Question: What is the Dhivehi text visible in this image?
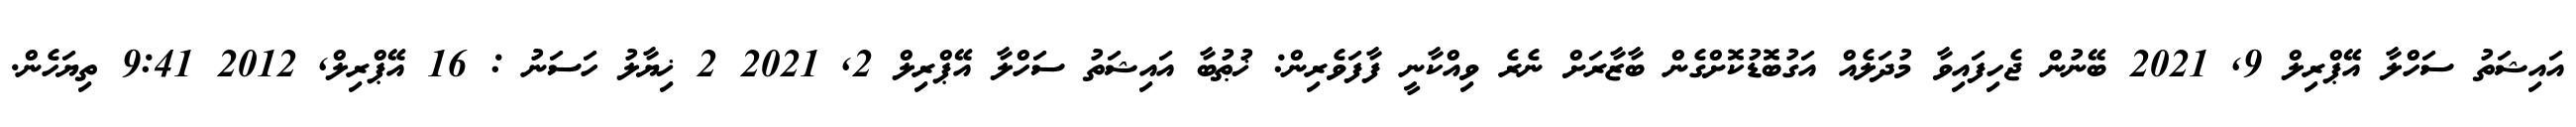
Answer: އައިޝަތު ސަހްލާ އޭޕްރިލް 9, 2021 ބޭނުން ޖެހިފައިވާ މުދަލެއް އަގުބޮޑުކޮށްގެން ބާޒާރަށް ނެރެ ވިއްކާނީ ފާފަވެރިން: ޚުޠުބާ އައިޝަތު ސަހްލާ އޭޕްރިލް 2, 2021 2 ޚިޔާލު ހަސަނު : 16 އޭޕްރިލް, 2012 9:41 ތިޔަހެން.